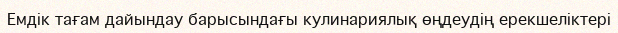
Емдік тағам дайындау барысындағы кулинариялық өңдеудің ерекшеліктері